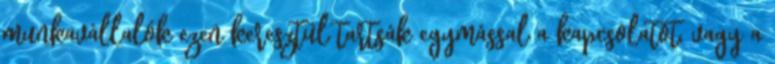
munkavállalók ezen keresztül tartsák egymással a kapcsolatot, vagy a